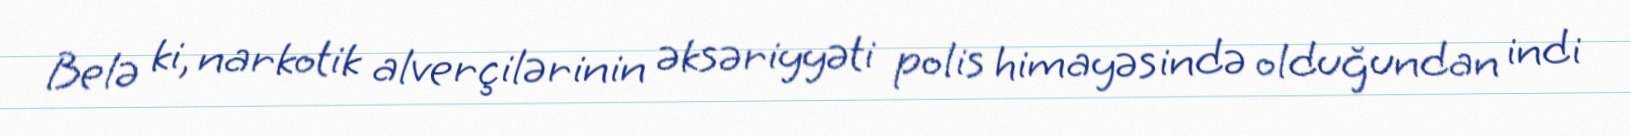
Belə ki, narkotik alverçilərinin əksəriyyəti polis himayəsində olduğundan indi